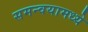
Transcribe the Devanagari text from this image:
समन्वयामध्ये